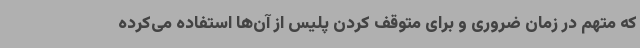
که متهم در زمان ضروری و برای متوقف کردن پلیس از آن‌ها استفاده می‌کرده